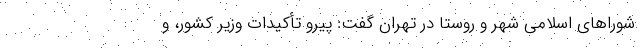
شوراهای اسلامی شهر و روستا در تهران گفت: پیرو تأکیدات وزیر کشور، و